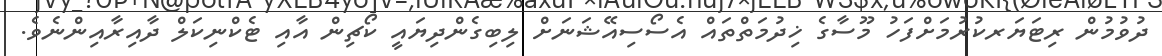
ދުވުމުން ރިޓަޔަރކުރުމަށްފަހު މޫސާގެ ޚިދުމަތްތައް އެސޯސިއޭޝަނަށް ލިބިގެންދިޔައީ ކޯޗިން އާއި ޓެކްނިކަލް ދާއިރާއިންނެވެ.